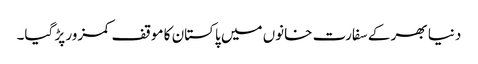
دنیا بھر کے سفارت خانوں میں پاکستان کا موقف کمزور پڑ گیا۔